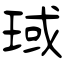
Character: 琙